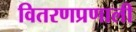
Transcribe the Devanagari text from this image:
वितरणप्रणाली